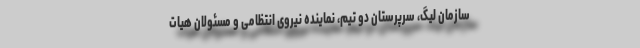
سازمان لیگ، سرپرستان دو تیم، نماینده نیروی انتظامی و مسئولان هیات